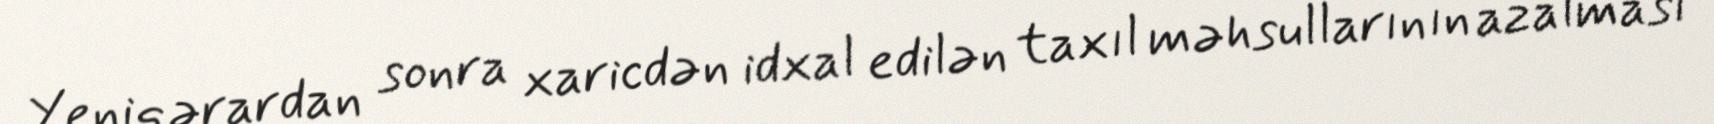
Yeni qərardan sonra xaricdən idxal edilən taxıl məhsullarının azalması